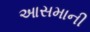
આસમાની